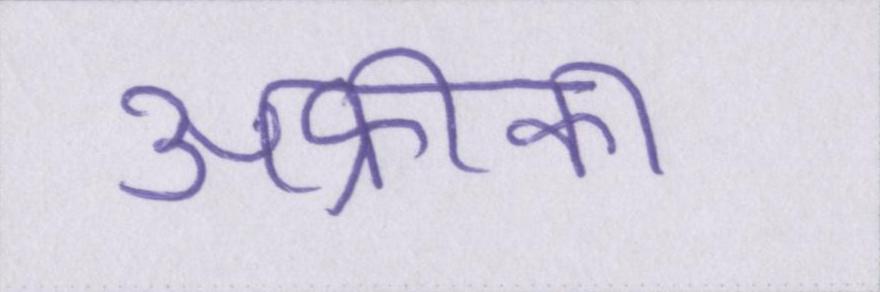
अफ्रीका